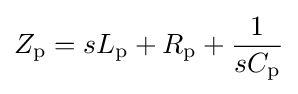
Z_{\mathrm {p} }=sL_{\mathrm {p} }+R_{\mathrm {p} }+{1 \over sC_{\mathrm {p} }}